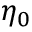
\eta _ { 0 }